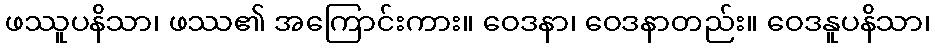
ဖဿူပနိသာ၊ ဖဿ၏ အကြောင်းကား။ ဝေဒနာ၊ ဝေဒနာတည်း။ ဝေဒနူပနိသာ၊